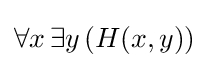
\forall x\,\exists y\,(H(x,y))